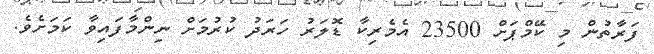
ފަރާތުން މި ކޭމްޕަށް 23500 އެމެރިކާ ޑޮލަރު ހަރަދު ކުރުމަށް ނިންމާފައިވާ ކަމަށެވެ.